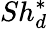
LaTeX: Sh_{d}^{*}